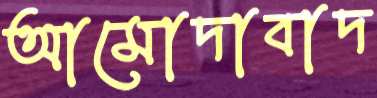
আমোদাবাদ